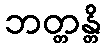
ဘတ္တန္တိ